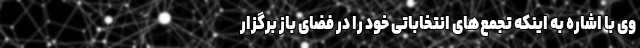
وی با اشاره به اینکه تجمع‌های انتخاباتی خود را در فضای باز برگزار